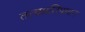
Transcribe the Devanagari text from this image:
तत्वप्रतिपादन